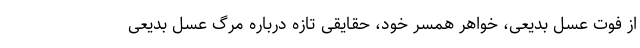
از فوت عسل بدیعی، خواهر همسر خود، حقایقی تازه درباره مرگ عسل بدیعی